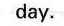
day.